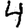
Digit: 4